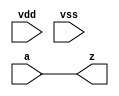
// This program was cloned from: https://github.com/siliconcompiler/lambdalib
// License: MIT License

//#############################################################################
//# Function: Non-inverting buffer with supplies                              #
//# Copyright: Lambda Project Authors. All rights Reserved.                   #
//# License:  MIT (see LICENSE file in Lambda repository)                     #
//#############################################################################

module la_pwrbuf #(
                   parameter PROP = "DEFAULT"
                   )
   (
    input  vdd,
    input  vss,
    input  a,
    output z
    );

`ifdef SIM
   assign z = ((vdd === 1'b1) && (vss === 1'b0)) ? a : 1'bX;
`else
   assign z = a;
`endif

endmodule